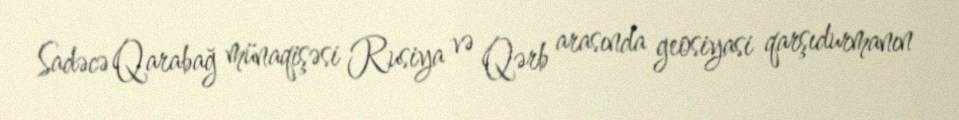
Sadəcə Qarabağ münaqişəsi Rusiya və Qərb arasında geosiyasi qarşıdurmanın